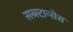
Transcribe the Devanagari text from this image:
सब्स्टान्सेस